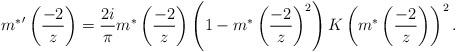
LaTeX: \begin{align*}{m^{*}}'\left(\frac{-2}{z}\right)=\frac{2i}{\pi}m^{*}\left(\frac{-2}{z}\right)\left(1-m^{*}\left(\frac{-2}{z}\right)^2\right)K\left(m^{*}\left(\frac{-2}{z}\right)\right)^2.\end{align*}